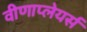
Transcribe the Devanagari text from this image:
वीणाप्लेयर्स